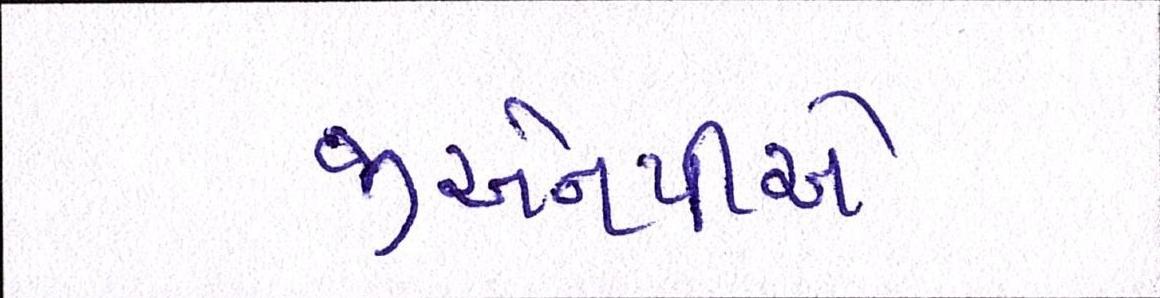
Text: જીએનપીએ